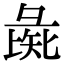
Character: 彘